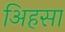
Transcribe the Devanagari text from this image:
अिहसा